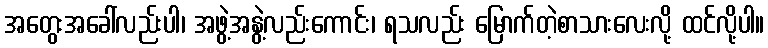
အတွေးအခေါ်လည်းပါ၊ အဖွဲ့အနွဲ့လည်းကောင်း၊ ရသလည်း မြောက်တဲ့စာသားလေးလို့ ထင်လို့ပါ။